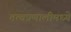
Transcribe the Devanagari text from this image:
तत्वप्रणालीमध्ये